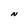
Character: N